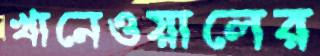
খানেওয়ালের